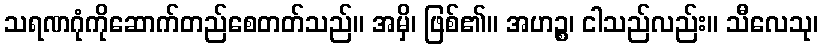
သရဏဂုံကိုဆောက်တည်စေတတ်သည်။ အမှိ၊ ဖြစ်၏။ အဟဉ္စ၊ ငါသည်လည်း။ သီလေသု၊